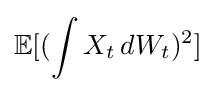
\mathbb {E} [(\int X_{t}\,dW_{t})^{2}]